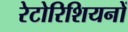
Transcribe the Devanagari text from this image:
रेटोरिशियनों